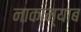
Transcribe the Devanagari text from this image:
नाकाम्याब